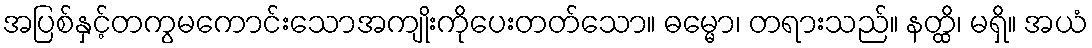
အပြစ်နှင့်တကွမကောင်းသောအကျိုးကိုပေးတတ်သော။ ဓမ္မော၊ တရားသည်။ နတ္ထိ၊ မရှိ။ အယံ